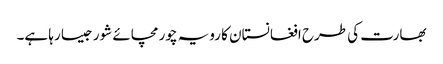
بھارت کی طرح افغانستان کا رویہ چور مچائے شور جیسا رہا ہے۔